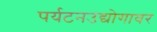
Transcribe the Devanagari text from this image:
पर्यटनउद्योगावर